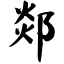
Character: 郯